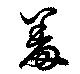
羞